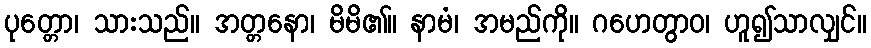
ပုတ္တော၊ သားသည်။ အတ္တနော၊ မိမိ၏။ နာမံ၊ အမည်ကို။ ဂဟေတွာဝ၊ ဟူ၍သာလျှင်။